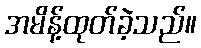
အမိန့်ထုတ်ခဲ့သည်။